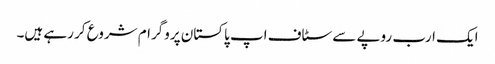
ایک ارب روپے سے سٹاف اپ پاکستان پروگرام شروع کر رہے ہیں۔